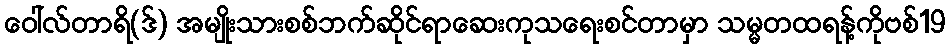
ဝေါ်လ်တာရိ(ဒ်) အမျိုးသားစစ်ဘက်ဆိုင်ရာဆေးကုသရေးစင်တာမှာ သမ္မတထရန့်ကိုဗစ်19